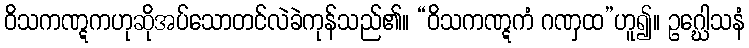
ဝိသကဏ္ဋကဟုဆိုအပ်သောတင်လဲခဲကုန်သည်၏။ “ဝိသကဏ္ဋကံ ဂဏှထ”ဟူ၍။ ဥဂ္ဃေါသနံ